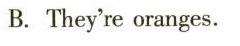
B. They're oranges.